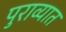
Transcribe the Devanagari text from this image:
पुराव्यात